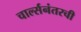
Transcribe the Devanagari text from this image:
चार्ल्सनंतरची